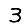
Digit: 3